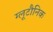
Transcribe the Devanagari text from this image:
ग्लूटौनिक